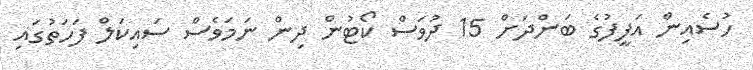
ހުސެއިން އަފީފުގެ ބަންދަށް 15 ދުވަސް ކޯޓުން ދިން ނަމަވެސް ސައިކަލް ފަހަތުގައި